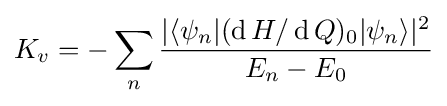
K_{v}=-\sum _{n}{\frac {|\langle \psi _{n}|(\operatorname {d} H/\operatorname {d} Q)_{0}|\psi _{n}\rangle |^{2}}{E_{n}-E_{0}}}